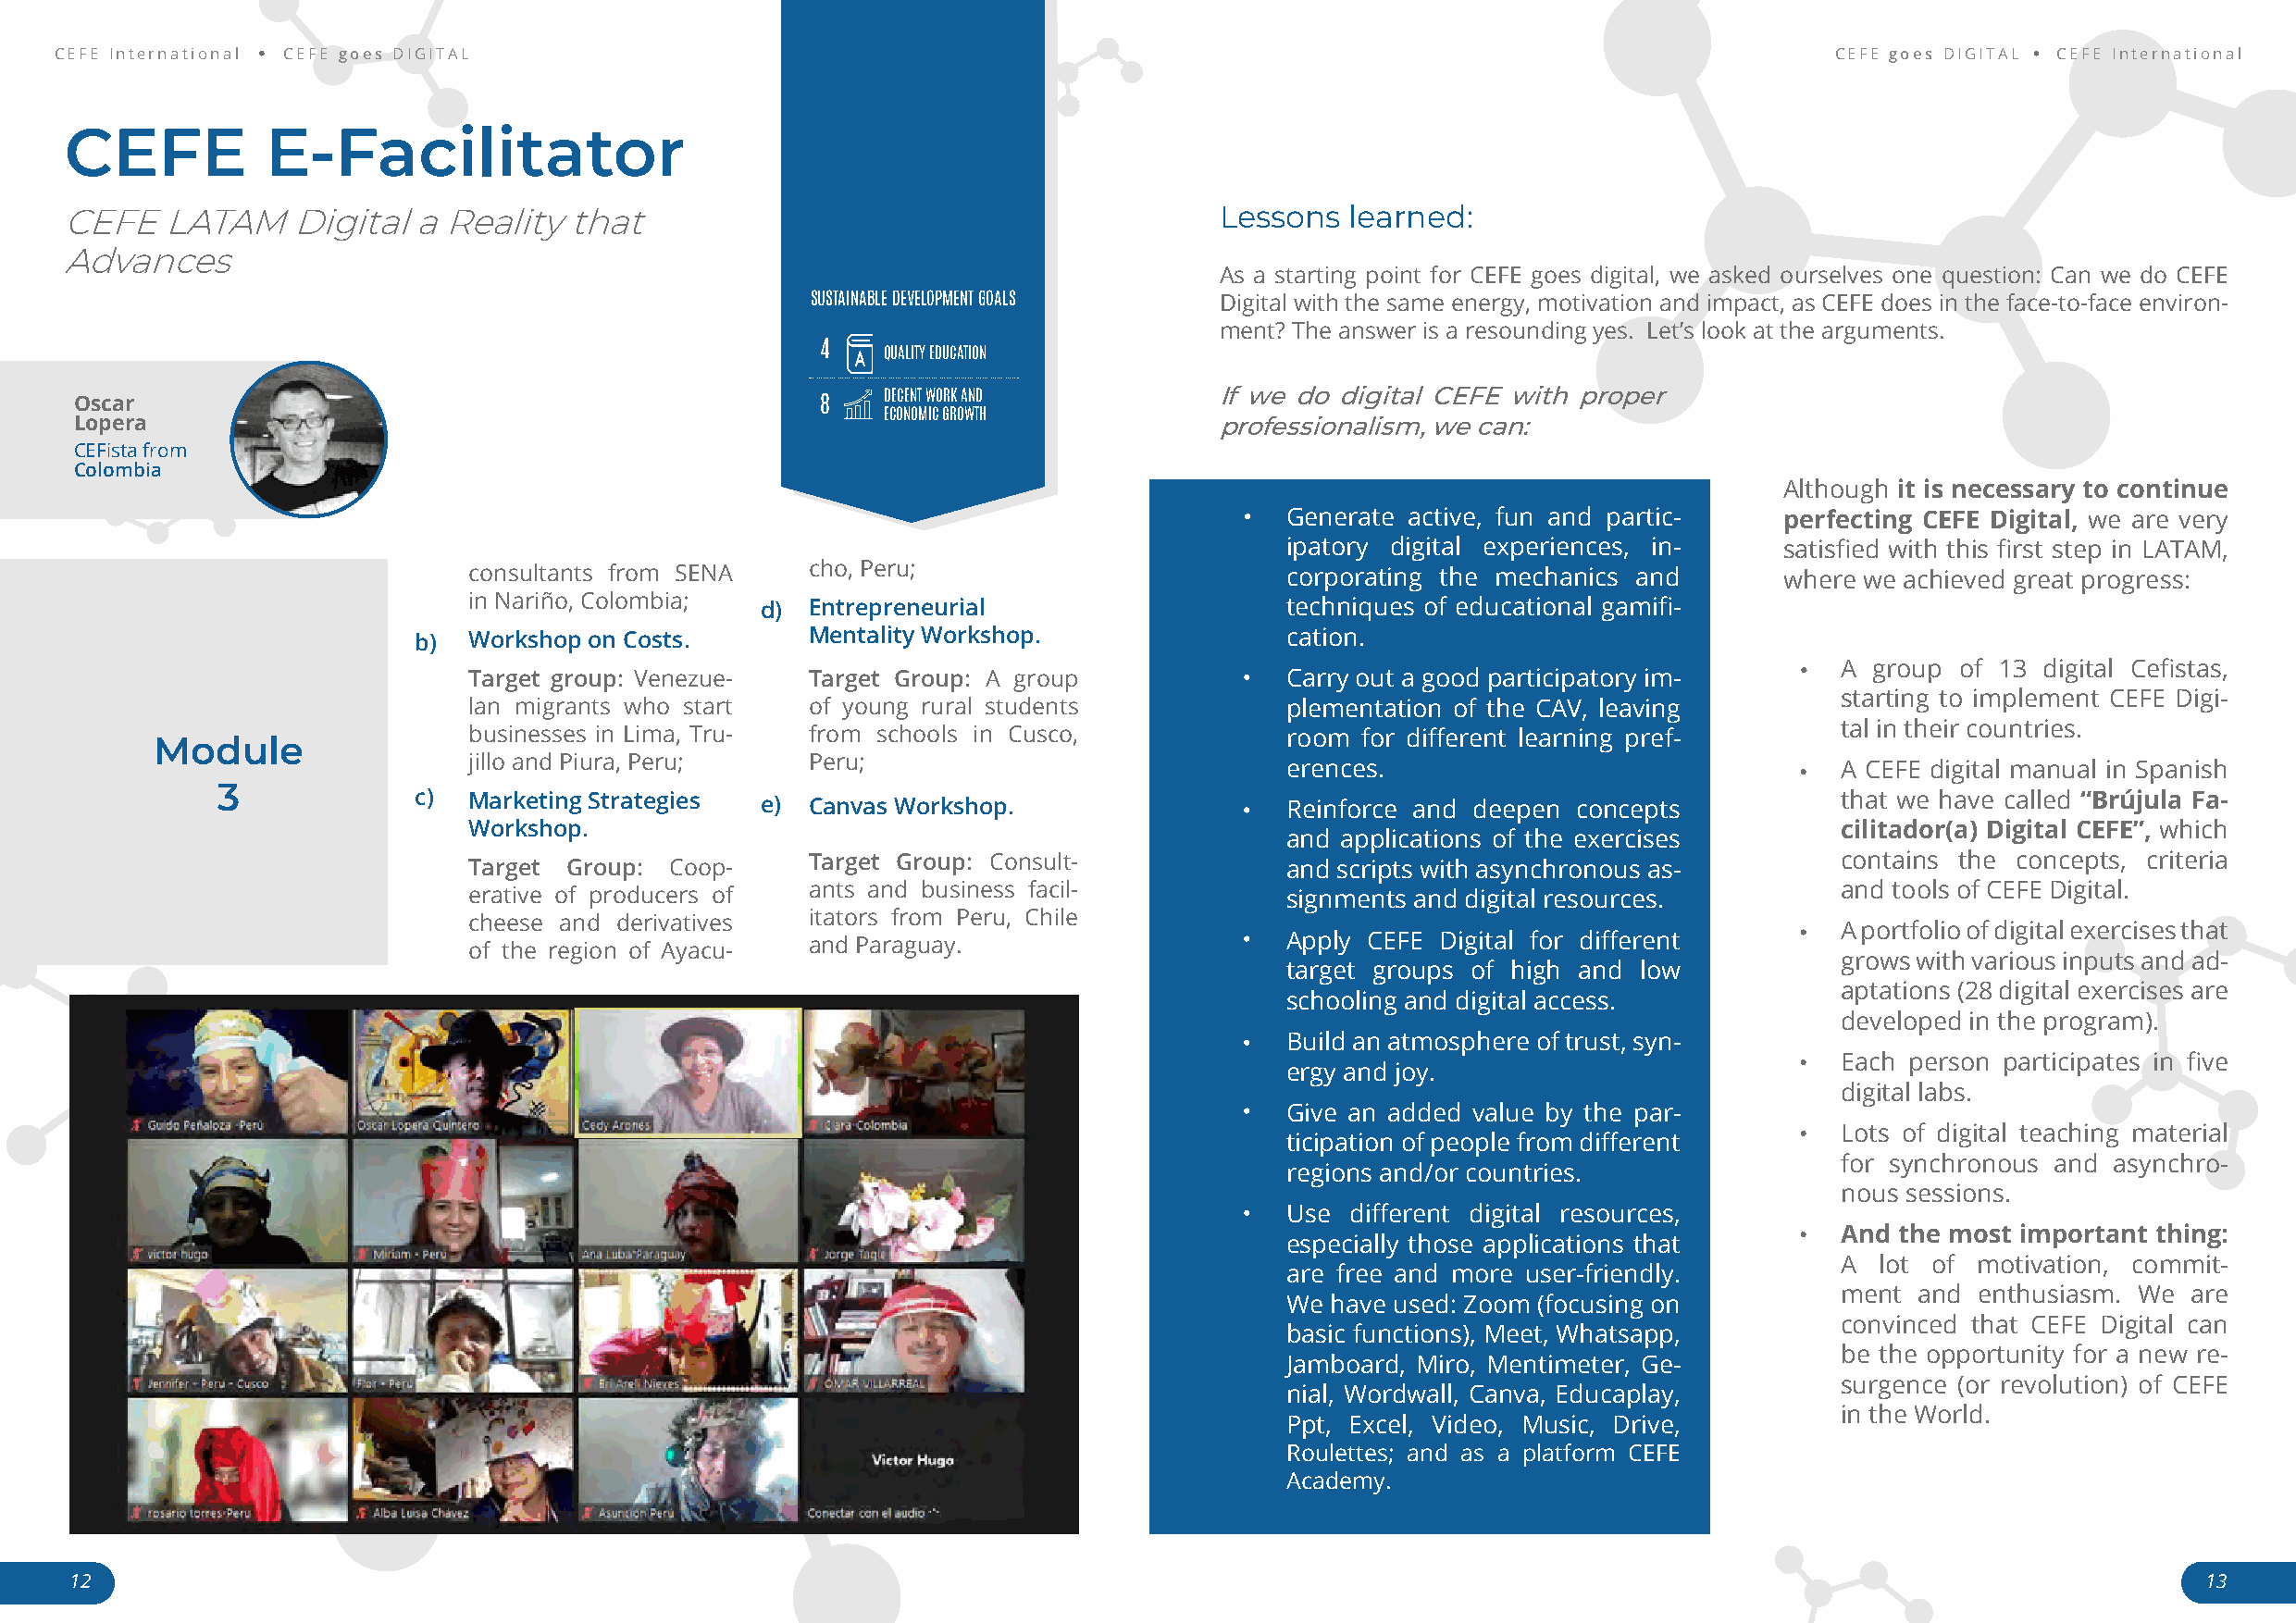
CEFE International CEFE goes DIGITAL                                                                                           CEFE goes DIGITAL CEFE International
 CEFE          E-Facilitator
 CEFE    LATAM    Digital  a Reality  that                                          Lessons   learned:
 Advances
 As a starting point for CEFE goes digital, we asked ourselves one question: Can we do CEFE
 SUSTAINABLE DEVELOPMENT GOALS Digital with the same energy, motivation and impact, as CEFE does in the face-to-face environ-
 ment? The answer is a resounding yes. Let’s look at the arguments.
 4   QUALITY EDUCATION
 Oscar                                                 8   DECENT WORK AND         If we do digital CEFE with proper
 ECONOMIC GROWTH
 Lopera                                                                            professionalism, we can:
 CEFista from
 Colombia
 Although it is necessary to continue
 Generate active, fun and partic-    perfecting CEFE Digital, we are very
 ipatory digital experiences, in-    satisfied with this first step in LATAM,
 consultants from SENA   cho, Peru;                        corporating the mechanics and       where we achieved great progress:
 in Nariño, Colombia; d) Entrepreneurial                   techniques of educational gamifi-
 b)  Workshop on Costs.      Mentality Workshop.               cation.
 A group of 13 digital Cefistas,
 Target group: Venezue-  Target Group: A group             Carry out a good participatory im-
 starting to implement CEFE Digi-
 lan migrants who start  of young rural students           plementation of the CAV, leaving
 tal in their countries.
 businesses in Lima, Tru- from schools in Cusco,           room for different learning pref-
 Module
 jillo and Piura, Peru;  Peru;                             erences.                                A CEFE digital manual in Spanish
 3
 c)  Marketing Strategies e) Canvas Workshop.                  Reinforce and deepen concepts           that we have called “Brújula Fa-
 Workshop.                                                                                         cilitador(a) Digital CEFE”, which
 and applications of the exercises
 Target Group: Coop-     Target Group: Consult-            and scripts with asynchronous as-       contains the concepts, criteria
 erative of producers of ants and business facil-          signments and digital resources.        and tools of CEFE Digital.
 cheese and derivatives  itators from Peru, Chile
 A portfolio of digital exercises that
 of the region of Ayacu- and Paraguay.                     Apply CEFE Digital for different
 grows with various inputs and ad-
 target groups of high and low
 aptations (28 digital exercises are
 schooling and digital access.
 developed in the program).
 Build an atmosphere of trust, syn-
 Each person participates in five
 ergy and joy.
 digital labs.
 Give an added value by the par-
 Lots of digital teaching material
 ticipation of people from different
 for synchronous and asynchro-
 regions and/or countries.
 nous sessions.
 Use  different digital resources,
 And the most important thing:
 especially those applications that
 A lot of motivation, commit-
 are free and more user-friendly.
 ment and  enthusiasm. We are
 We have used: Zoom (focusing on
 convinced that CEFE Digital can
 basic functions), Meet, Whatsapp,
 be the opportunity for a new re-
 Jamboard, Miro, Mentimeter, Ge-
 surgence (or revolution) of CEFE
 nial, Wordwall, Canva, Educaplay,
 in the World.
 Ppt, Excel, Video, Music, Drive,
 Roulettes; and as a platform CEFE
 Academy.
 12                                                                                                                                                       13